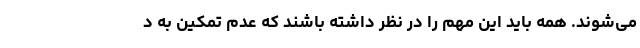
می‌شوند. همه باید این مهم را در نظر داشته باشند که عدم تمکین به د